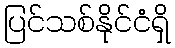
ပြင်သစ်နိုင်ငံရှိ